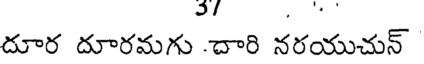
దూర దూరమగు దారి నరయుచున్